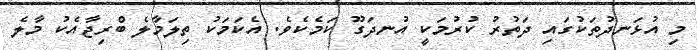
މި އުޅަނދުތަކުގައި ދަތުރު ކުރުމަކީ އުނދަގޫ ކަމެކެވެ. އެކަމަކު ތިލަމާލެ ބްރިޖާއެކު މާލެ